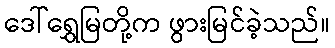
ဒေါ်ရွှေမြတို့က ဖွားမြင်ခဲ့သည်။